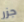
جزر